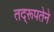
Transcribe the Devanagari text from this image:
तद्‌रूपतेने